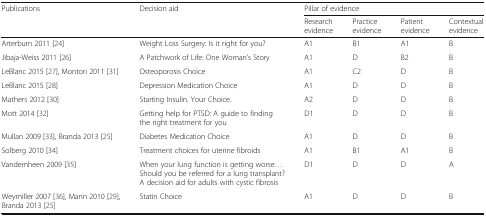
| <ROWSPAN=2> Publications | <ROWSPAN=2> Decision aid | <COLSPAN=4> Pillar of evidence |
 | Research evidence | Practice evidence | Patient evidence | Contextual evidence |
 | --- | --- | --- | --- | --- | --- |
 | Arterburn 2011 [24] | Weight Loss Surgery: Is it right for you? | A1 | B1 | A1 | B |
 | Jibaja-Weiss 2011 [26] | A Patchwork of Life: One Woman’s Story | A1 | D | B2 | B |
 | LeBlanc 2015 [27], Montori 2011 [31] | Osteoporosis Choice | A1 | C2 | D | B |
 | LeBlanc 2015 [28] | Depression Medication Choice | A1 | D | D | B |
 | Mathers 2012 [30] | Starting Insulin. Your Choice. | A2 | D | D | B |
 | Mott 2014 [32] | Getting help for PTSD: A guide to finding the right treatment for you | D1 | D | D | B |
 | Mullan 2009 [33], Branda 2013 [25] | Diabetes Medication Choice | A1 | D | D | B |
 | Solberg 2010 [34] | Treatment choices for uterine fibroids | A1 | B1 | A1 | B |
 | Vandemheen 2009 [35] | When your lung function is getting worse... Should you be referred for a lung transplant? A decision aid for adults with cystic fibrosis | D1 | D | D | A |
 | Weymiller 2007 [36], Mann 2010 [29], Branda 2013 [25] | Statin Choice | A1 | D | D | B |